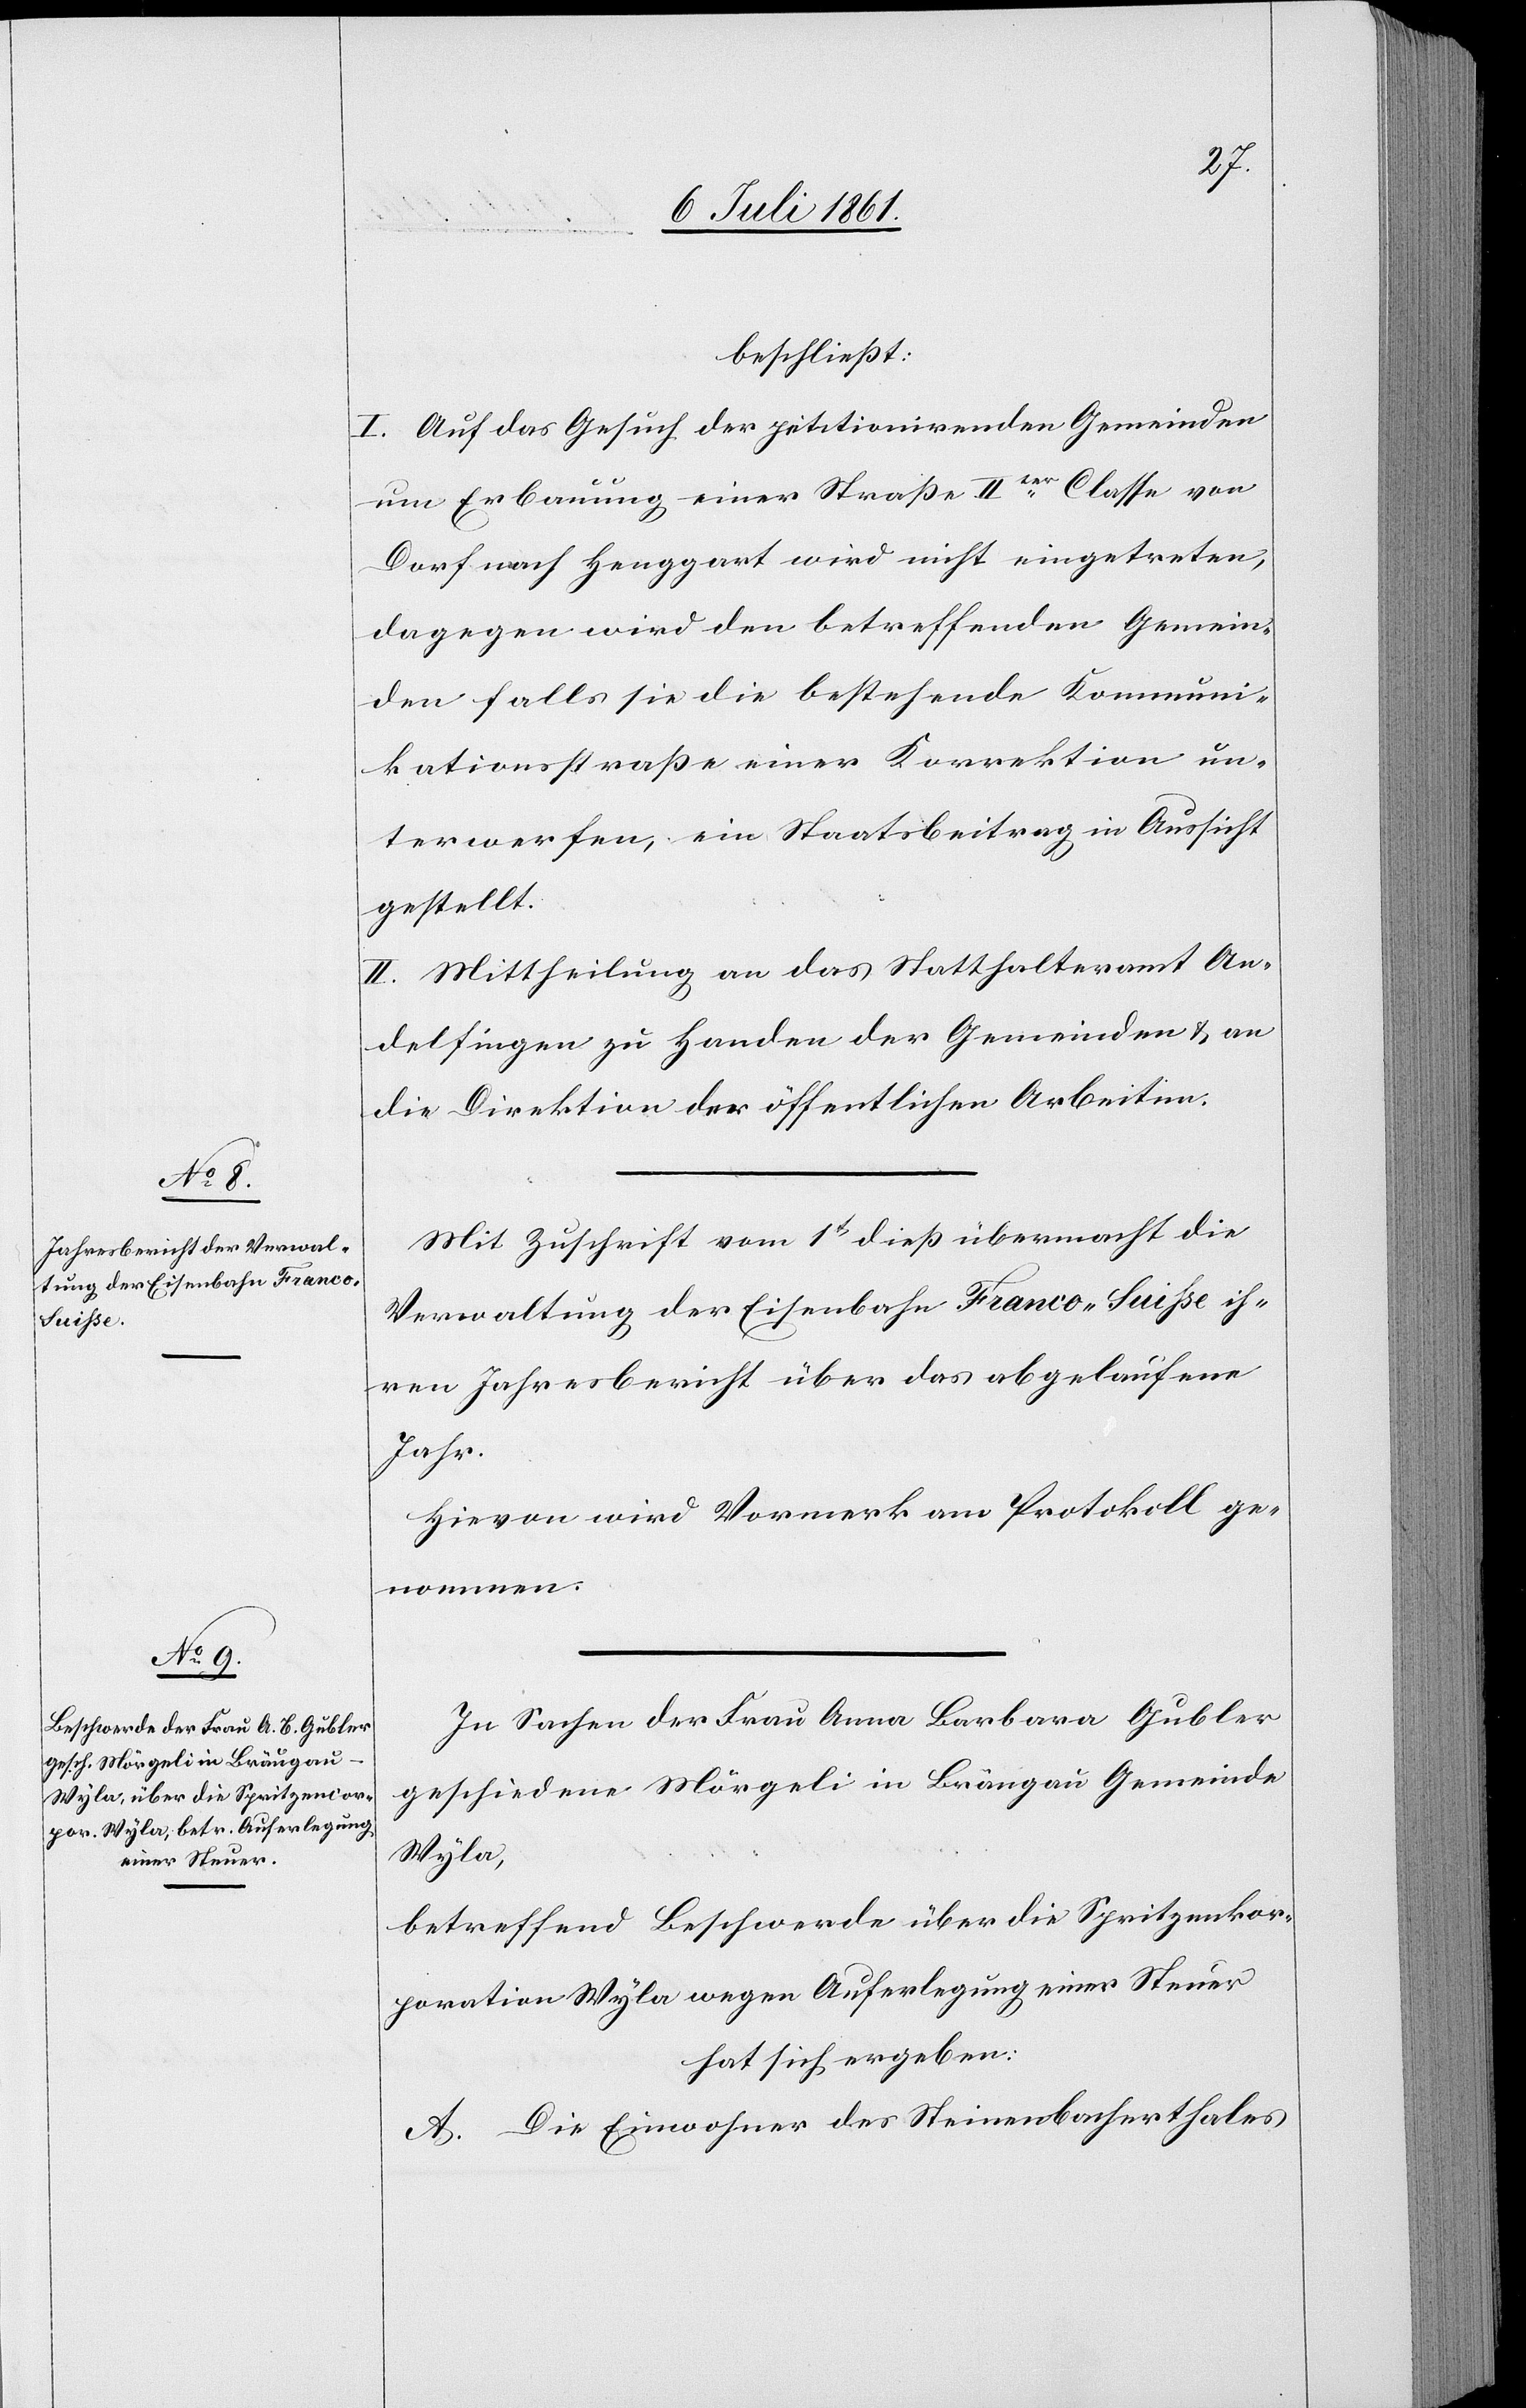
beschließt:
I. Auf das Gesuch der petitionirenden Gemeinden
um Erbauung einer Straße IIter Classe von
Dorf nach Henggart wird nicht eingetreten,
dagegen wird den betreffenden Gemein¬
den falls sie die bestehende Kommuni¬
kationsstraße einer Korrektion un¬
terwerfen, ein Staatsbeitrag in Aussicht
gestellt.
II. Mittheilung an das Statthalteramt An¬
delfingen zu Handen der Gemeinden u. an
die Direktion der öffentlichen Arbeiten.
Mit Zuschrift vom 1t dieß übermacht die
Verwaltung der Eisenbahn Franco-Suisse ih¬
ren Jahresbericht über das abgelaufene
Jahr.
Hievon wird Vormerk am Protokoll ge¬
nommen.
In Sachen der Frau Anna Barbara Gubler
geschiedene Mörgeli in Bräugau Gemeinden
Wyla,
betreffend Beschwerde über die Spritzenkor¬
poration Wyla wegen Auferlegung einer Steuer
hat sich ergeben:
A. Die Einwohner des Steinenbacherthales